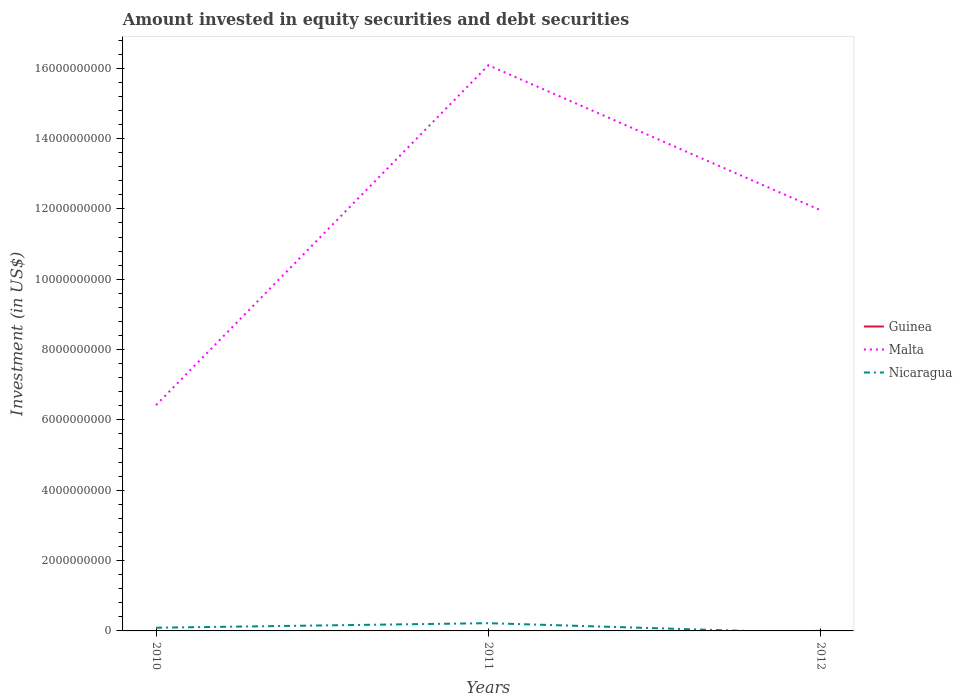
| Years | Guinea | Malta | Nicaragua |
 | --- | --- | --- | --- |
 | 2010 | -1.31e+06 | 6.42e+09 | 9.11e+07 |
 | 2011 | -2.12e+08 | 1.61e+10 | 2.2e+08 |
 | 2012 | 3.08e+06 | 1.2e+10 | -6.4e+07 |